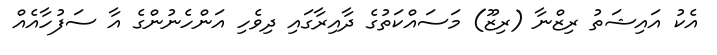
އެކު އައިޝަތު ރިޒްނާ (ރިޒޫ) މަސައްކަތުގެ ދާއިރާގައި ދިވެހި އަންހެނުންގެ އާ ސަފުހާއެއް